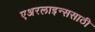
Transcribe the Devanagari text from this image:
एअरलाइन्ससाठी